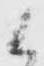
候